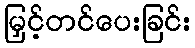
မြှင့်တင်ပေးခြင်း